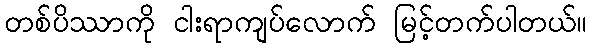
တစ်ပိဿာကို ငါးရာကျပ်လောက် မြင့်တက်ပါတယ်။